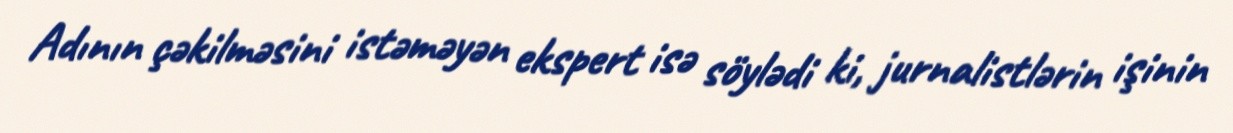
Adının çəkilməsini istəməyən ekspert isə söylədi ki, jurnalistlərin işinin